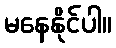
မနေနိုင်ပါ။